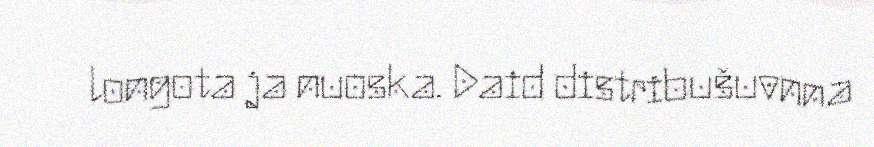
longota ja nuoska. Daid distribušuvnna